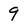
Character: 9